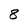
Character: 8